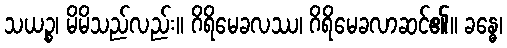
သယဉ္စ၊ မိမိသည်လည်း။ ဂိရိမေခလဿ၊ ဂိရိမေခလာဆင်၏။ ခန္ဓေ၊